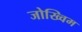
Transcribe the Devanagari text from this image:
जोख्विम